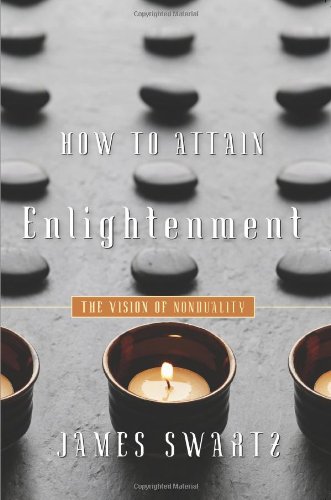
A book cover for How to Attain Enlightenment: The Vision of Nonduality; James Swartz; Religion & Spirituality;